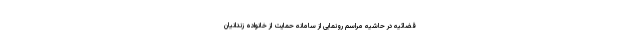
قضائیه در حاشیه مراسم رونمایی از سامانه حمایت از خانواده زندانیان